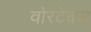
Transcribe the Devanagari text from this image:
वोरटेक्स